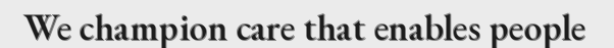
We champion care that enables people